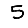
Digit: 5